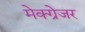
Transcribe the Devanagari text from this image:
मेक्ग्रेजर